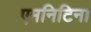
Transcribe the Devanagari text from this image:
एमनिटिना